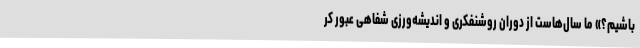
باشیم؟» ما سال‌هاست از دوران روشنفکری و اندیشه‌ورزی شفاهی عبور کر